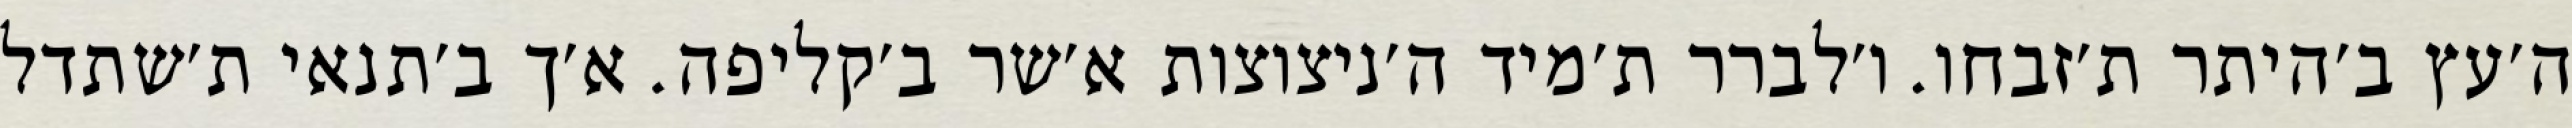
ה׳עץ ב׳היתר ת׳זבחו. ו׳לברר ת׳מיד ה׳ניצוצות א׳שר ב׳קליפה. א׳ך ב׳תנאי ת׳שתדל